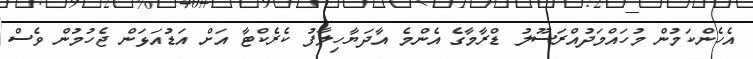
އެހެންކަމުން މުހައްމަދުއްރަސޫލު ޑްރާމާގެ އެންމެ އާދަޔާހިލާފު ކެރެކްޓާ އަށް އަޑުއަޅަން ޖެހުމުން ވެސް